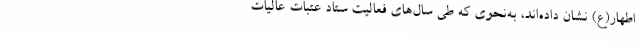
اطهار(ع) نشان داده‌اند، به‌نحوی که طی سال‌های فعالیت ستاد عتبات عالیات